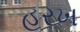
હરખ